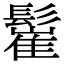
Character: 𩮴